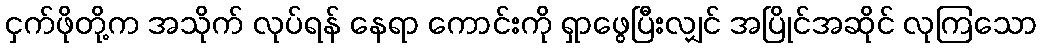
ငှက်ဖိုတို့က အသိုက် လုပ်ရန် နေရာ ကောင်းကို ရှာဖွေပြီးလျှင် အပြိုင်အဆိုင် လုကြသော